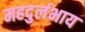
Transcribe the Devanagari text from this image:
महदुर्लभाय